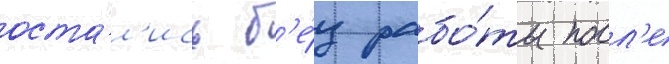
оста́л'ись б'е́з рабо́ты посл'е